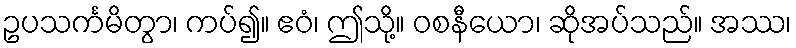
ဥပသင်္ကမိတွာ၊ ကပ်၍။ ဧဝံ၊ ဤသို့။ ဝစနီယော၊ ဆိုအပ်သည်။ အဿ၊